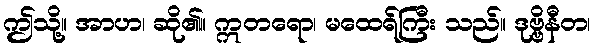
ဤသို့။ အာဟ၊ ဆို၏။ ဣတရော၊ မထေရ်ကြီး သည်။ ဒုဗ္ဗိနီတ၊